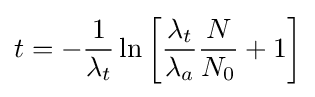
t=-{\frac {1}{\lambda _{t}}}\ln \left[{\frac {\lambda _{t}}{\lambda _{a}}}{\frac {N}{N_{0}}}+1\right]